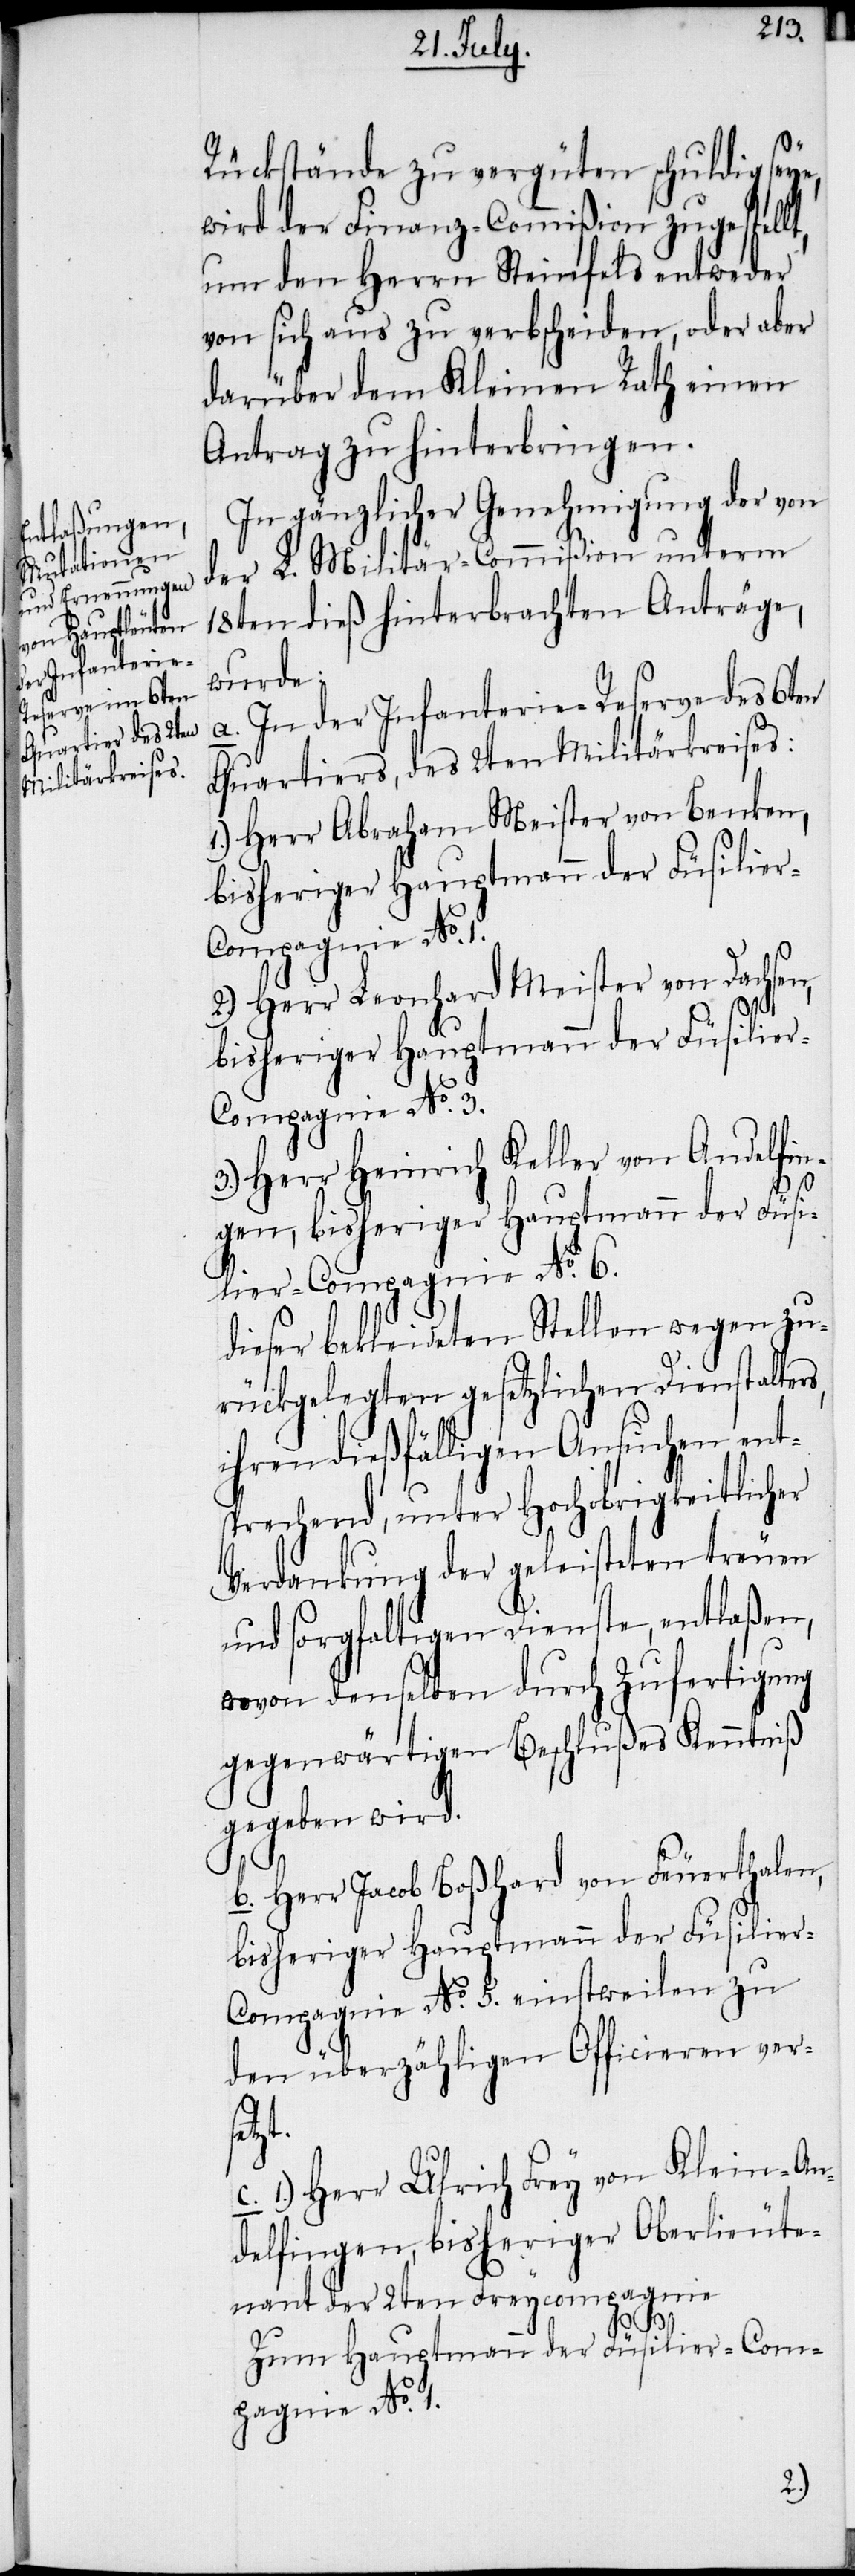
Rückstände zu vergüten schuldig seye,
wird der Finanz-Commißion zugestellt,
um den Herrn Steinfels entweder
von sich aus zu verbscheiden, oder aber
darüber dem Kleinen Rath einen
Antrag zu hinterbringen.
In gänzlicher Genehmigung der von
der L. Militär-Commißion unterm
18ten dieß hinterbrachten Anträge,
wurde:
a. In der Infanterie-Reserve des 6ten
Quartiers, des 2ten Militärkreises:
1.) Herr Abraham Meister von Benken,
bisheriger Hauptmann der Füsilier-C¬
2.) Herr Leonhard Meister von Dachsen,
ompagnie No. 3.
3.) Herr Heinrich Keller von Andelfin¬
gen, bisheriger Hauptmann der Füsi¬
lier-Compagnie No. 6.
dieser bekleideten Stellen wegen zu¬
rückgelegten gesetzlichen Dienstalters,
ihren dießfälligen Ansuchen ent¬
sprechend, unter Hochobrigkeitlicher
Verdankung der geleisteten treuen
und sorgfaltigen Dienste, entlaßen,
wovon denselben durch Zufertigung
gegenwärtigen Beschlußes Kenntniß
gegeben wird.
b. Herr Jacob Boßhard von Feuerthalen,
ompagnie No. 5. einstweilen zu
den überzähligen Officieren vers¬
etzt.
1) Herr Ulrich Frey von Klein-An¬
delfingen, bisheriger Oberlieute¬
nant der 2ten Freycompagnie
Zum Hauptmann der Füsilier-Com¬
pagnie No. 1.